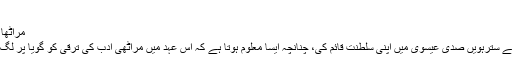
[10]
مراٹھا دور[ترمیم]
مرہٹہ قوم نے سترہویں صدی عیسوی میں اپنی سلطنت قائم کی، چنانچہ ایسا معلوم ہوتا ہے کہ اس عہد میں مراٹھی ادب کی ترقی کو گویا پر لگ گئے تھے۔